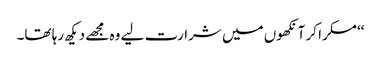
‘‘مسکرا کر آنکھوں میں شرارت لیے وہ مجھے دیکھ رہا تھا۔